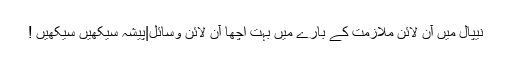
نیپال میں آن لائن ملازمت کے بارے میں بہت اچھا آن لائن وسائل|پیشہ سیکھیں سیکھیں !